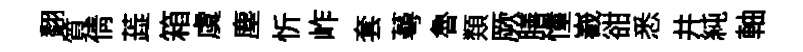
翻質倩蕋箱虞塵忻岞套蕚魯𩔖厥膳憧嶻𧮳悉井純軸